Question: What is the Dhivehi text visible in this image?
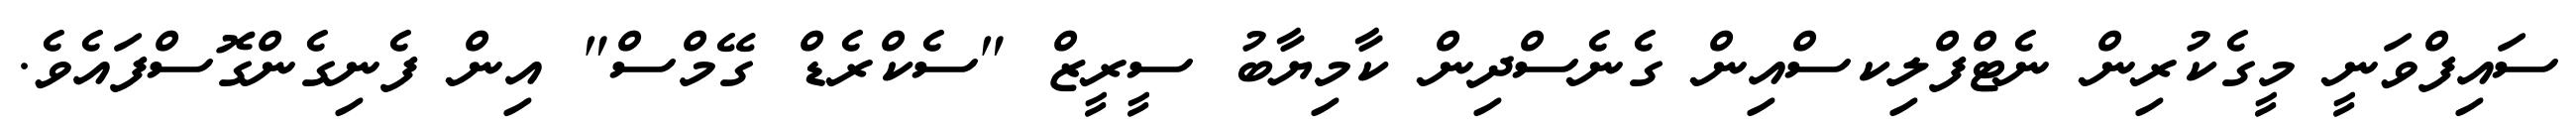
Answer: ސައިފްވަނީ މީގެކުރިން ނެޓްފްލިކސްއިން ގެނެސްދިން ކާމިޔާބު ސީރީޒް "ސެކްރެޑް ގޭމްސް" އިން ފެނިގެންގޮސްފައެވެ.